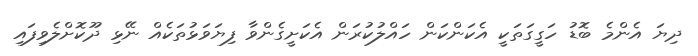
ދިޔަ އެންމެ ބޮޑު ހަގީގަތަކީ އެކަންކަން ހައްލުކުރަން އެކަށީގެންވާ ފިޔަވަޅުތަކެއް ނޭޅި ދޫކޮށްލެވިފައި